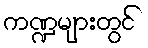
ကဏ္ဍများတွင်